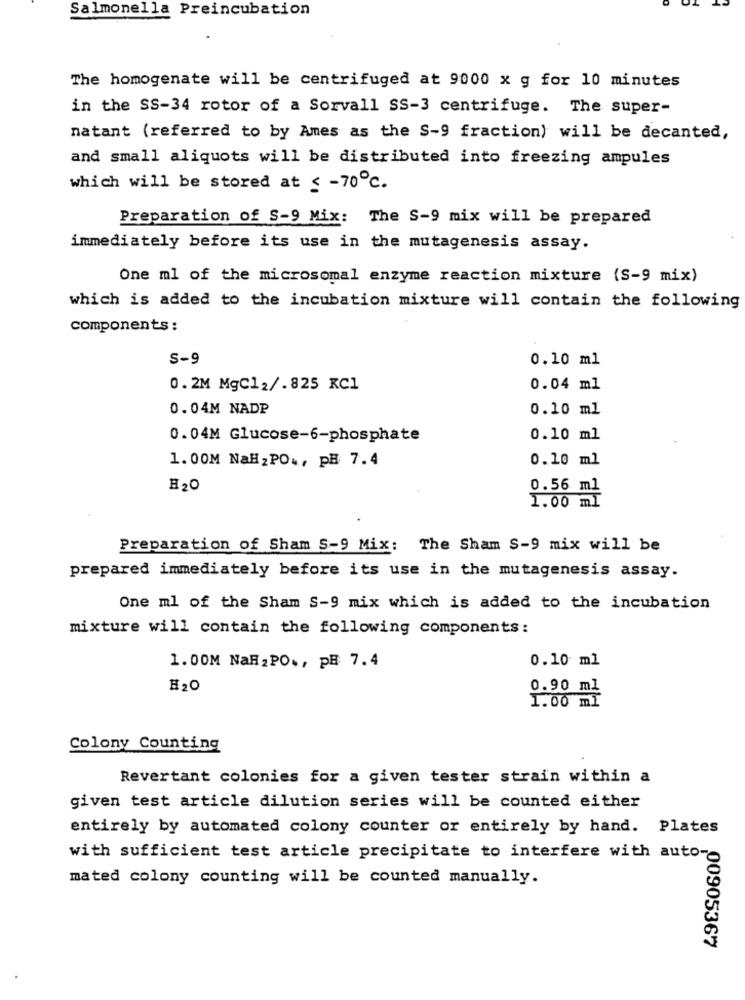
Salmonella Preincubation
The homogenate will be centrifuged at 9000 x g for 10 minutes
in the SS-34 rotor of a Sorvall SS-3 centrifuge. The super-
natant (referred to by Ames as the S-9 fraction) will be decanted,
and small aliquots will be distributed into freezing ampules
which will be stored at ≤ -70℃.
Preparation of S-9 Mix: The S-9 mix will be prepared
immediately before its use in the mutagenesis assay.
One ml of the microsomal enzyme reaction mixture (S-9 mix)
which is added to the incubation mixture will contain the following
components:
S-9
0.10 ml
0. 2M MgC12/.825 KC1
0.04 ml
0.04M NADP
0.10 ml
0.04M Glucose-6-phosphate
0.10 ml
1.00M NaHzPO ., PH 7.4
0.10 ml
H2O
0.56 ml
1.00 ml
Preparation of Sham S-9 Mix: The Sham S-9 mix will be
prepared immediately before its use in the mutagenesis assay.
One ml of the Sham S-9 mix which is added to the incubation
mixture will contain the following components:
0.10 ml
1.00M NaH2PO ., PB 7.4
#20
0.90 ml
1.00 ml
Colony Counting
Revertant colonies for a given tester strain within a
given test article dilution series will be counted either
entirely by automated colony counter or entirely by hand. Plates
with sufficient test article precipitate to interfere with auto-
mated colony counting will be counted manually.
00905367